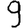
Digit: 9